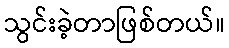
သွင်းခဲ့တာဖြစ်တယ်။